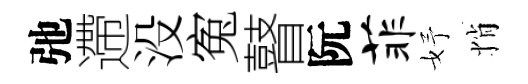
弛遰没寃瞽阮菲妤悄